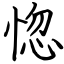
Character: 惚